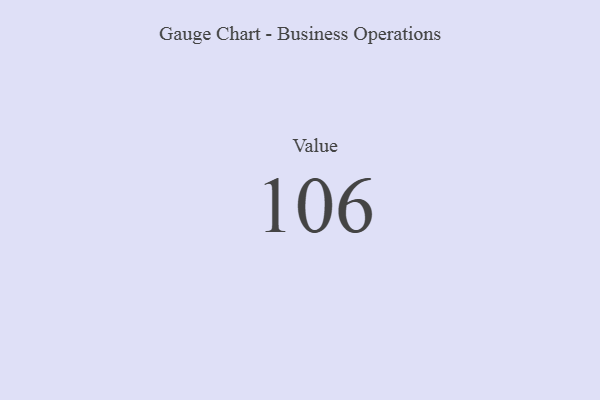
{"axis": {"x": "Metric", "y": "Value"}, "legend": [""], "data": [{"x": "Value", "y": 106, "type": ""}]}